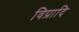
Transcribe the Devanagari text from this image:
विप्रादि